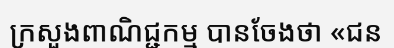
ក្រសួងពាណិជ្ជកម្ម បានចែងថា «ជន